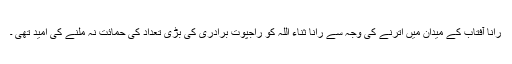
رانا آفتاب کے میدان میں اترنے کی وجہ سے رانا ثناء اللہ کو راجپوت برادری کی بڑی تعداد کی حمائت نہ ملنے کی امید تھی ۔